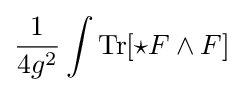
{\frac {1}{4g^{2}}}\int \operatorname {Tr} [{\star }F\wedge F]